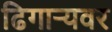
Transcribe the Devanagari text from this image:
ढिगार्‍यवर